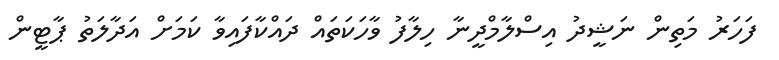
ފަހަރު މަތިން ނަޝީދު އިސްލާމްދީނާ ހިލާފު ވާހަކަތައް ދައްކާފައިވާ ކަމަށް އަދާލަތު ޕާޓީން